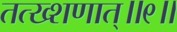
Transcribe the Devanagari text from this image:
तत्ख्शणात्॥९॥